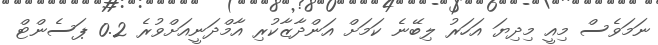
ނަމަވެސް މިއީ މިދިޔަ އަހަރު ލިބޭނެ ކަމަށް އަންދާޒާކުރި އާމްދަނީއަށްވުރެ 0.2 ޕަސެންޓް